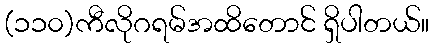
(၁၁၀)ကီလိုဂရမ်အထိတောင် ရှိပါတယ်။